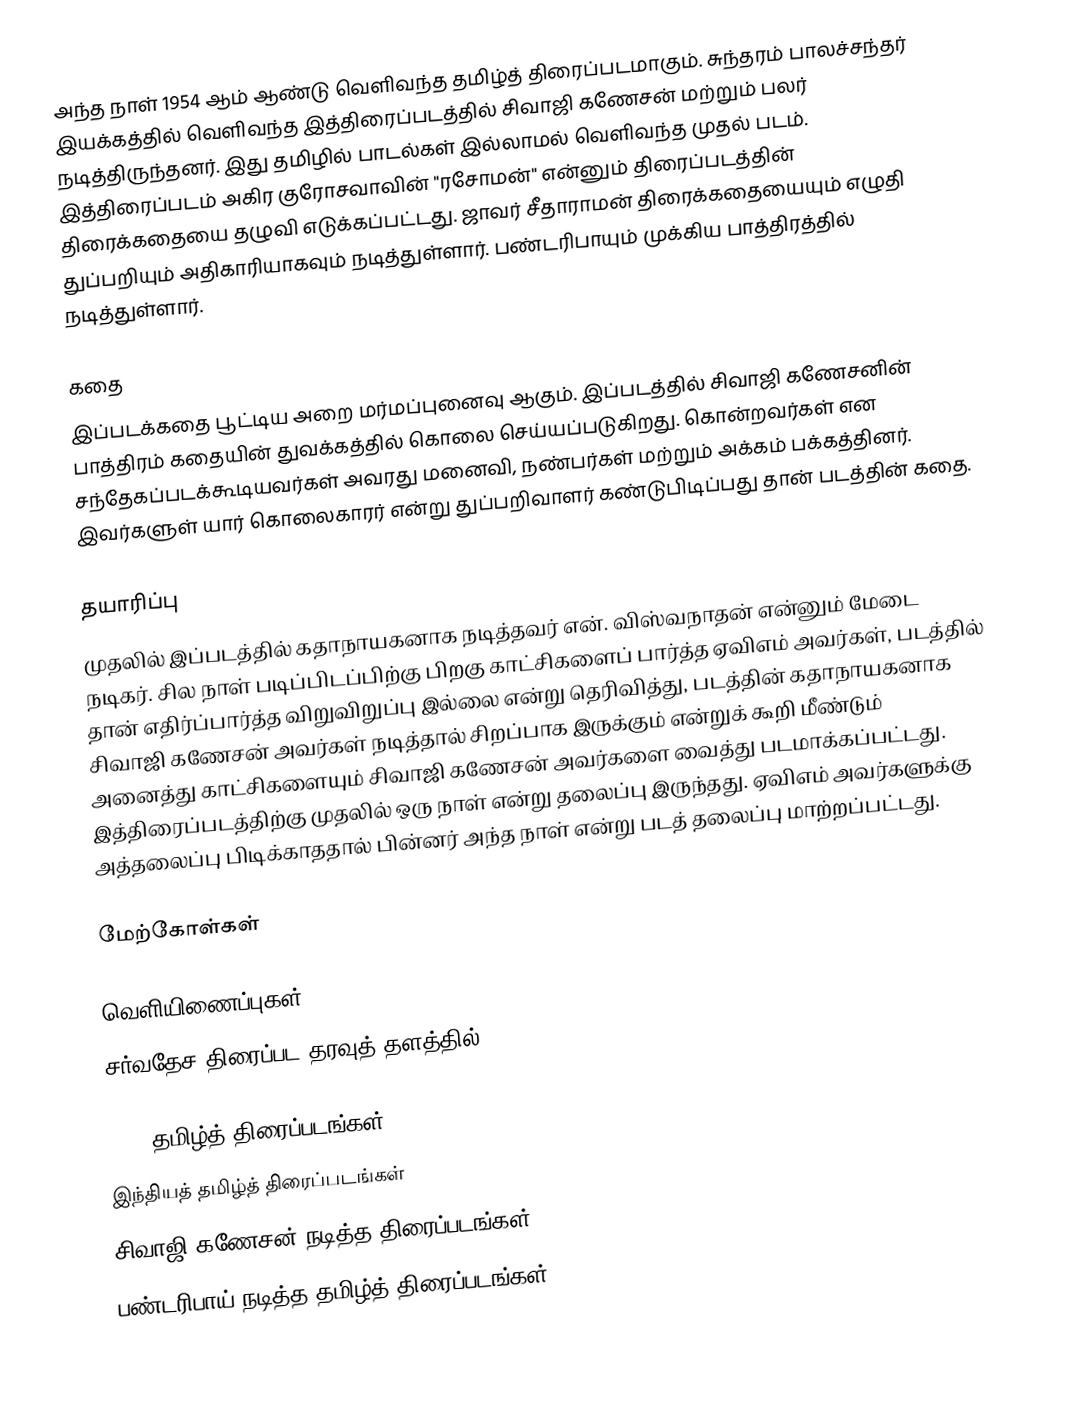
அந்த நாள் 1954 ஆம் ஆண்டு வெளிவந்த தமிழ்த் திரைப்படமாகும். சுந்தரம் பாலச்சந்தர் இயக்கத்தில் வெளிவந்த இத்திரைப்படத்தில் சிவாஜி கணேசன் மற்றும் பலர் நடித்திருந்தனர். இது தமிழில் பாடல்கள் இல்லாமல் வெளிவந்த முதல் படம். இத்திரைப்படம் அகிர குரோசவாவின் "ரசோமன்" என்னும் திரைப்படத்தின் திரைக்கதையை தழுவி எடுக்கப்பட்டது. ஜாவர் சீதாராமன் திரைக்கதையையும் எழுதி துப்பறியும் அதிகாரியாகவும் நடித்துள்ளார். பண்டரிபாயும் முக்கிய பாத்திரத்தில் நடித்துள்ளார்.

கதை
இப்படக்கதை பூட்டிய அறை மர்மப்புனைவு ஆகும். இப்படத்தில் சிவாஜி கணேசனின் பாத்திரம் கதையின் துவக்கத்தில் கொலை செய்யப்படுகிறது. கொன்றவர்கள் என சந்தேகப்படக்கூடியவர்கள் அவரது மனைவி, நண்பர்கள் மற்றும் அக்கம் பக்கத்தினர். இவர்களுள் யார் கொலைகாரர் என்று துப்பறிவாளர் கண்டுபிடிப்பது தான் படத்தின் கதை.

தயாரிப்பு
முதலில் இப்படத்தில் கதாநாயகனாக நடித்தவர் என். விஸ்வநாதன் என்னும் மேடை நடிகர். சில நாள் படிப்பிடப்பிற்கு பிறகு காட்சிகளைப் பார்த்த ஏவிஎம் அவர்கள், படத்தில் தான் எதிர்ப்பார்த்த விறுவிறுப்பு இல்லை என்று தெரிவித்து, படத்தின் கதாநாயகனாக சிவாஜி கணேசன் அவர்கள் நடித்தால் சிறப்பாக இருக்கும் என்றுக் கூறி மீண்டும் அனைத்து காட்சிகளையும் சிவாஜி கணேசன் அவர்களை வைத்து படமாக்கப்பட்டது. இத்திரைப்படத்திற்கு முதலில் ஒரு நாள் என்று தலைப்பு இருந்தது. ஏவிஎம் அவர்களுக்கு அத்தலைப்பு பிடிக்காததால் பின்னர் அந்த நாள் என்று படத் தலைப்பு மாற்றப்பட்டது.

மேற்கோள்கள்

வெளியிணைப்புகள்
சர்வதேச திரைப்பட தரவுத் தளத்தில்

1954 தமிழ்த் திரைப்படங்கள்
இந்தியத் தமிழ்த் திரைப்படங்கள்
சிவாஜி கணேசன் நடித்த திரைப்படங்கள்
பண்டரிபாய் நடித்த தமிழ்த் திரைப்படங்கள்